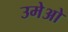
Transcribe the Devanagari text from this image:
उमेओ